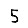
Digit: 5